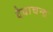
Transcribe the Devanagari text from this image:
देवाचन्द्र